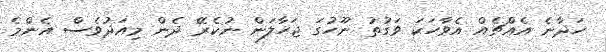
ހަދާނެ އެއްޗެއް އެވާހަކަ ވަގުތު ނޫހުގަ ޖަހާލަން ނުކެރޭ ދެން މިއަދުވެސް އެންމެ